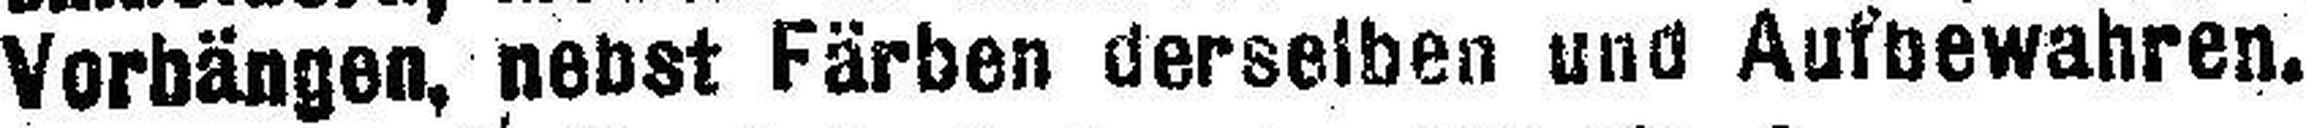
Vorhängen, nebst Färben derselben und Aufbewahren.